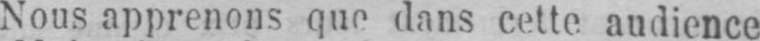
Nous apprenons que dans cette, audience